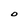
Character: O